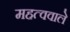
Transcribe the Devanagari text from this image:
महत्ववाले